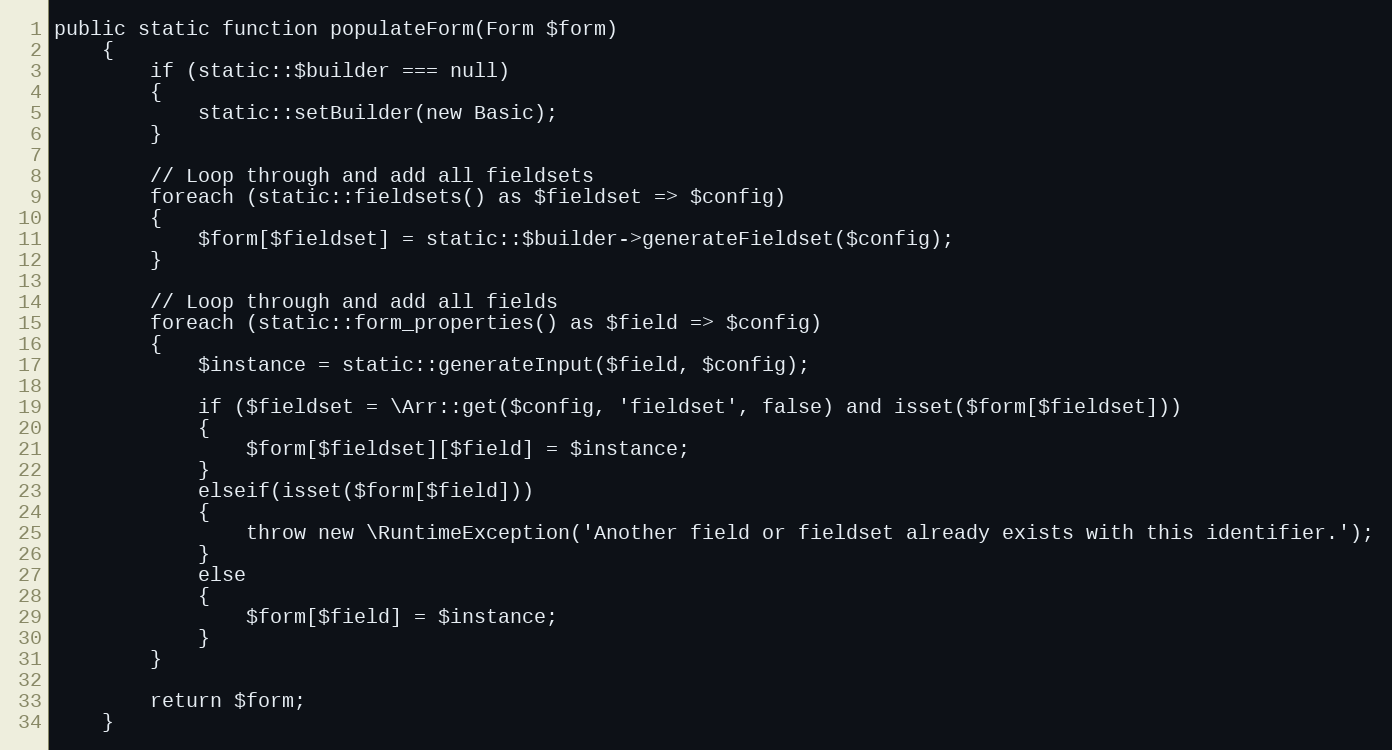
Language: PHP
public static function populateForm(Form $form)
	{
		if (static::$builder === null)
		{
			static::setBuilder(new Basic);
		}

		// Loop through and add all fieldsets
		foreach (static::fieldsets() as $fieldset => $config)
		{
			$form[$fieldset] = static::$builder->generateFieldset($config);
		}

		// Loop through and add all fields
		foreach (static::form_properties() as $field => $config)
		{
			$instance = static::generateInput($field, $config);

			if ($fieldset = \Arr::get($config, 'fieldset', false) and isset($form[$fieldset]))
			{
				$form[$fieldset][$field] = $instance;
			}
			elseif(isset($form[$field]))
			{
				throw new \RuntimeException('Another field or fieldset already exists with this identifier.');
			}
			else
			{
				$form[$field] = $instance;
			}
		}

		return $form;
	}